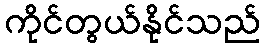
ကိုင်တွယ်နိုင်သည်